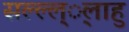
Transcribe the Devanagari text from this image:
सल्ल्ल््लाहु